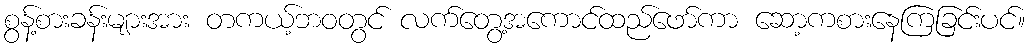
စွန့်စားခန်းများအား တကယ့်ဘဝတွင် လက်တွေ့အကောင်ထည်ဖော်ကာ ဆော့ကစားနေကြခြင်းပင်။